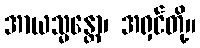
အာယသ္မန္တော၊ အရှင်တို့။